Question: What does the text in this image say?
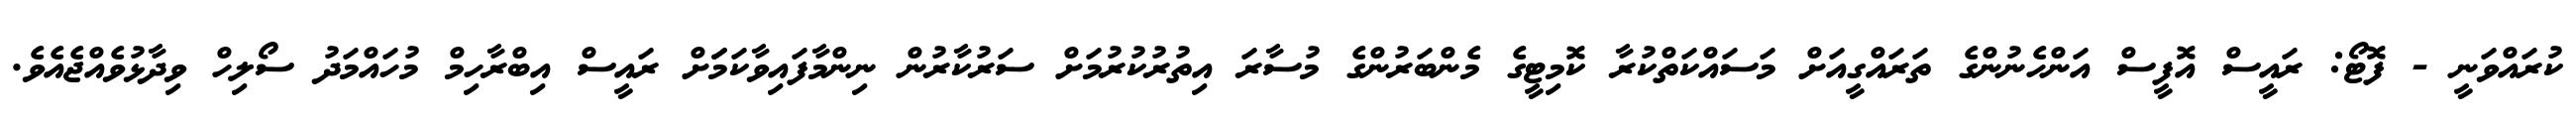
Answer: ކުރައްވަނީ - ފޮޓޯ: ރައީސް އޮފީސް އަންހެނުންގެ ތަރައްގީއަށް މަސައްކަތްކުރާ ކޮމިޓީގެ މެންބަރުންގެ މުސާރަ އިތުރުކުރުމަށް ސަރުކާރުން ނިންމާފައިވާކަމަަށް ރައީސް އިބްރާހިމް މުހައްމަދު ސޯލިހް ވިދާޅުވެއްޖެއެވެ.